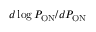
d \log { P _ { \mathrm { O N } } } / d P _ { \mathrm { O N } }